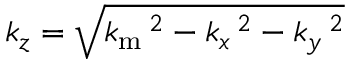
k _ { z } = \sqrt { k _ { \mathrm { m } } \, \! \! \, \! \, \, \! \, \, \! \! \, \! \, \, \! \! \, \! \! \, \! \, \, \! \! \, \! \! \, \! \, \, \! \, \, \! \! \, \! \, \, \! \! \, \! \! \, \! \, \, \! \, \, \! \! \, \! \, \, \! \, \, \! \! \, \! \, \, \! \! \, \! \! \, \! \, \, \! \, \, \! \! \, \! \, \, \! \, \, \! \! ^ { 2 } - k _ { x } \, \! \! \, \! \, \, \! \, \, \! \! \, \! \, \, \! \! \, \! \! \, \! \, \, \! \! \, \! \! \, \! \, \, \! \, \, \! \! \, \! \, \, \! \! \, \! \! \, \! \, \, \! \, \, \! \! \, \! \, \, \! \, \, \! \! \, \! \, \, \! \! \, \! \! \, \! \, \, \! \, \, \! \! \, \! \, \, \! \, \, \! \! ^ { 2 } - k _ { y } \, \! \! \, \! \, \, \! \, \, \! \! \, \! \, \, \! \! \, \! \! \, \! \, \, \! \! \, \! \! \, \! \, \, \! \, \, \! \! \, \! \, \, \! \! \, \! \! \, \! \, \, \! \, \, \! \! \, \! \, \, \! \, \, \! \! \, \! \, \, \! \! \, \! \! \, \! \, \, \! \, \, \! \! \, \! \, \, \! \, \, \! \! ^ { 2 } }